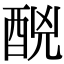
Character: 䣴